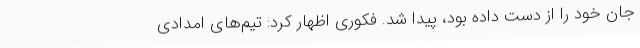
جان خود را از دست داده بود، پیدا شد. فکوری اظهار کرد: تیم‌های امدادی